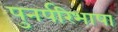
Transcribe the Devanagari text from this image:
पुनर्परिभाषा